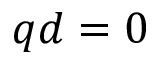
q d = 0